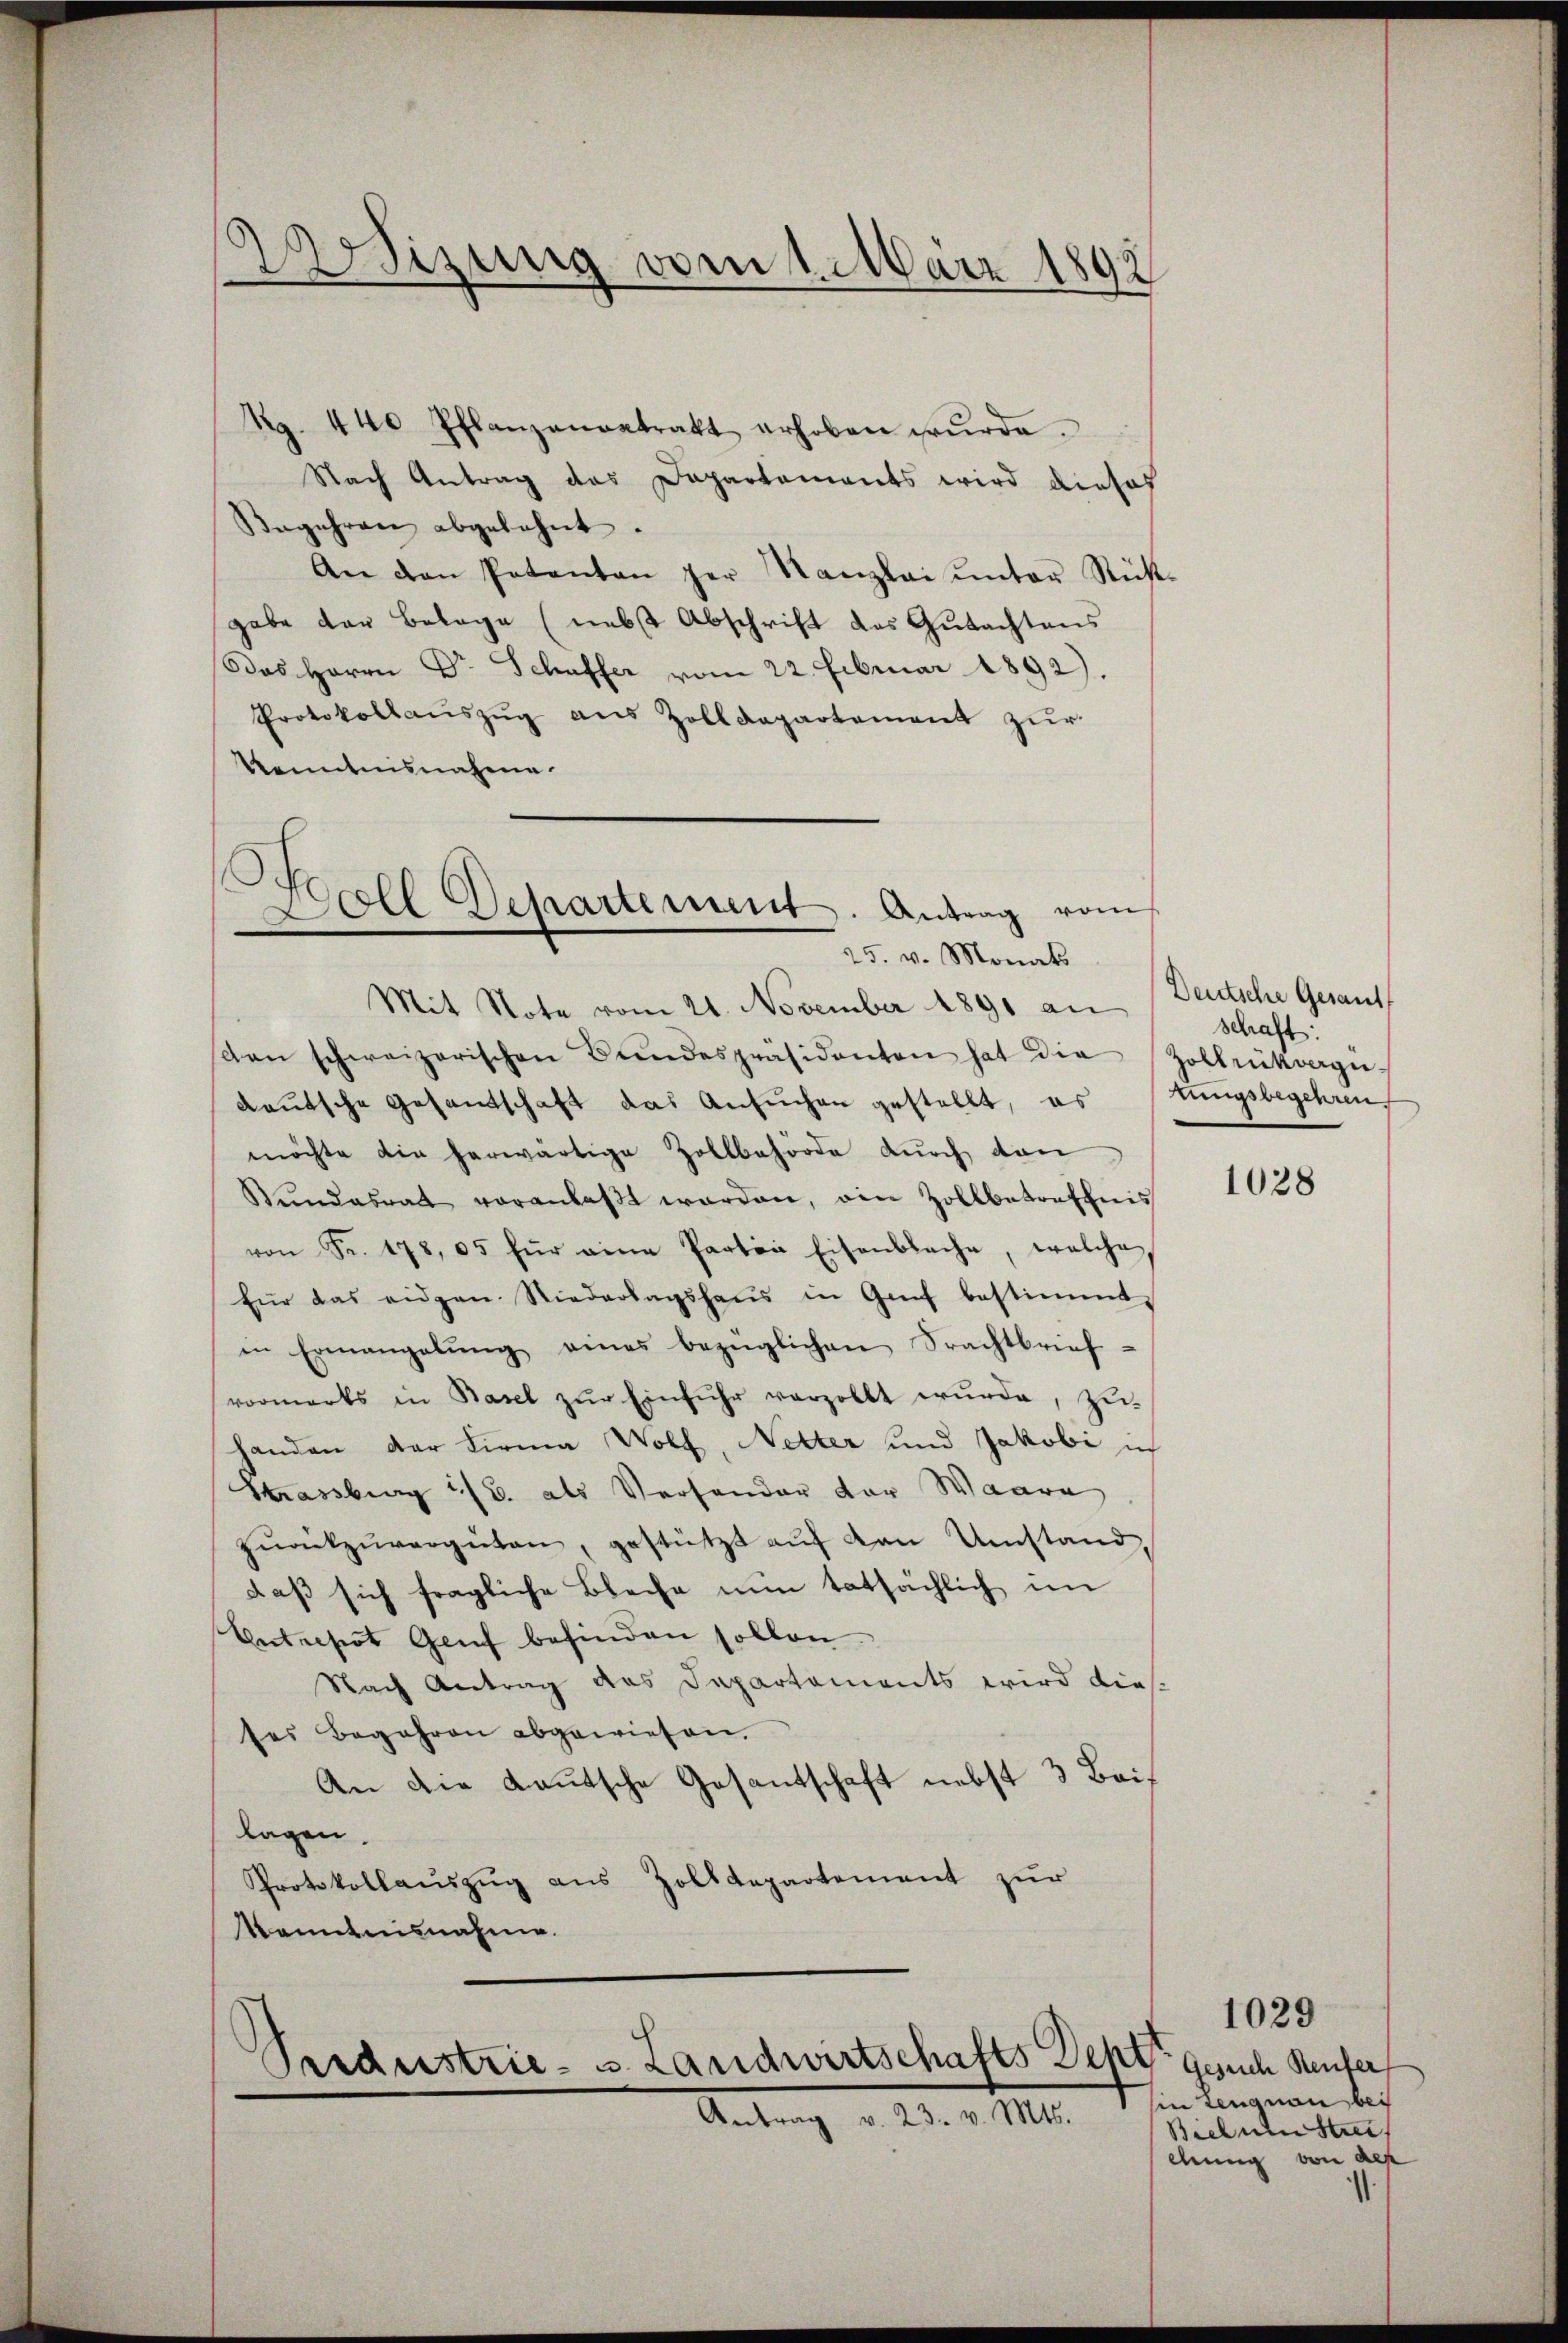
sizung vom 1. März 1892

Rg. 440 Pflanzenantrakt erhoben wŭrde.
Nach Antrag des Dapartaments wird dieses
Begehren abgelehnt.
An den Patenten der Kanzlei ŭnter Richt-
gabe der Belage (nebst Abschrift des Gutachtens
Das Herrn Dr Schaffer vom 22. Februar 1892).
Protokollaŭszŭg ans Zolldepartement zŭr
Kenntnisnahme.
s
f
s

Soll Departement. Antrag von
25. v. Monats

Mit Note vom 21. November 1891 an
dan schweizerischen Bŭndespräsidenten hat die Zollrükverge-
deutsche Gesandtschaft das Ansuchen gestellt, es stungsbegehren.
möchte die herwärtige Zollbehörde durch dan
Bŭndesrat voranlaβt worden, ein Zollbetreffnis
von Fr. 178, 65 für eine Parten Eisenbache, welche
Eür das eidgen. Niederlagshaŭs in Genf bestimmt,
in Ermangelŭng eines bezüglichen Sprachtbrief-
vormarks in Basel zŭr Einfuhr verzollt wurde, zu-
handen der Firma Wolf, Netter und Jakobi ich
Strassburg i/B. als Versonder der Waare
zŭrückzŭvergüten, gestützt aŭf von Umstand,
daβ sich fragliche Bleche nŭn tatsächlich im
Enterst Genf befinden sollen
Nach Antrag des Departements wird diesses Begehren abgewiesen.
An die Lautsche Gesantschaft nebst 3 Bailagen.
Protokollauszug aus Zolldepartement zur
Kenntnisnahme.

Peedustrie- & Landwirtschafts Dept. Gesuch Reufer
Antrag v. 23. v. Mts.

Deutsche Gesandt
Schaft:

1028

hin Lengnau bei
Biel müsten
ehung von dep

1029